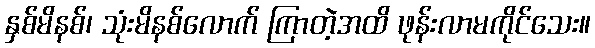
နှစ်မိနစ်၊ သုံးမိနစ်လောက် ကြာတဲ့အထိ ဖုန်းလာမကိုင်သေး။